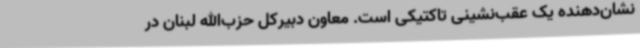
نشان‌دهنده یک عقب‌نشینی تاکتیکی است. معاون دبیرکل حزب‌الله لبنان در